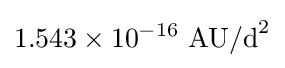
1.543\times 10^{-16}{\text{ AU/d}}^{2}